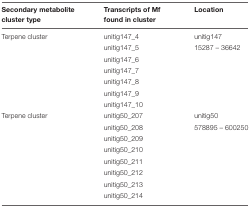
<table><thead><tr><td><b>Secondary metabolite cluster type</b></td><td><b>Transcripts of Mf found in cluster</b></td><td><b>Location</b></td></tr></thead><tbody><tr><td>Terpene cluster</td><td>unitig147_4</td><td>unitig147</td></tr><tr><td></td><td>unitig147_5</td><td>15287 – 36642</td></tr><tr><td></td><td>unitig147_6</td><td></td></tr><tr><td></td><td>unitig147_7</td><td></td></tr><tr><td></td><td>unitig147_8</td><td></td></tr><tr><td></td><td>unitig147_9</td><td></td></tr><tr><td></td><td>unitig147_10</td><td></td></tr><tr><td>Terpene cluster</td><td>unitig50_207</td><td>unitig50</td></tr><tr><td></td><td>unitig50_208</td><td>578895 – 600250</td></tr><tr><td></td><td>unitig50_209</td><td></td></tr><tr><td></td><td>unitig50_210</td><td></td></tr><tr><td></td><td>unitig50_211</td><td></td></tr><tr><td></td><td>unitig50_212</td><td></td></tr><tr><td></td><td>unitig50_213</td><td></td></tr><tr><td></td><td>unitig50_214</td><td></td></tr></tbody></table>